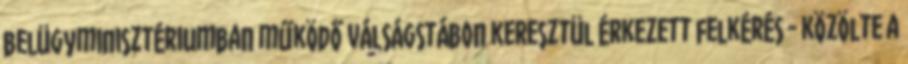
belügyminisztériumban működő válságstábon keresztül érkezett felkérés - közölte a